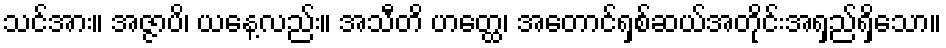
သင်အား။ အဇ္ဇာပိ၊ ယနေ့လည်း။ အသီတိ ဟတ္ထေ၊ အတောင်ရှစ်ဆယ်အတိုင်းအရှည်ရှိသော။